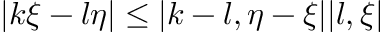
| k \xi - l \eta | \leq | k - l , \eta - \xi | | l , \xi |